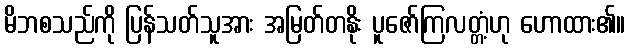
မိဘစသည်ကို ပြန်သတ်သူအား အမြတ်တနိုး ပူဇော်ကြလတ္တံ့ဟု ဟောထား၏။